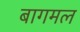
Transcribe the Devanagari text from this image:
बागमल